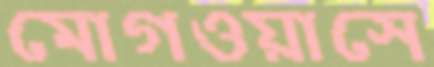
মোগওয়াসে